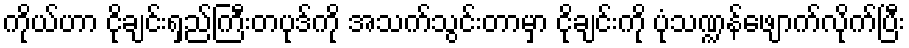
ကိုယ်ဟာ ငိုချင်းရှည်ကြီးတပုဒ်ကို အသက်သွင်းတာမှာ ငိုချင်းကို ပုံသဏ္ဍန်ဖျောက်လိုက်ပြီး